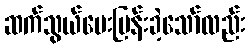
ဆက်သွယ်မေးမြန်းခဲ့သော်လည်း